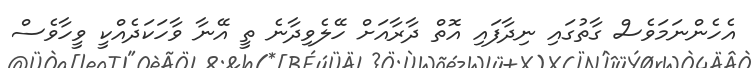
އެހެންނަމަވެސް ގާތުގައި ނިދާފައި އޮތް ދާރާއަށް ހޭލެވިދާނެ ތީ އޭނާ ވާހަކަދެއްކީ ވީހާވެސް